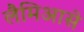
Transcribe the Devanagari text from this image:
लैमिआसे